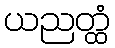
ယညတ္ထံ